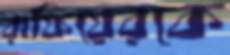
রাফিয়েরকে